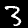
Digit: 3